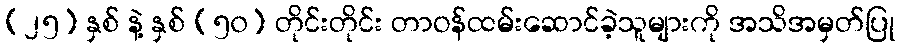
(၂၅) နှစ် နဲ့ နှစ် (၅၀) တိုင်းတိုင်း တာဝန်ထမ်းဆောင်ခဲ့သူများကို အသိအမှတ်ပြု